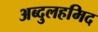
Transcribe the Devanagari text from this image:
अब्दुलहमिद